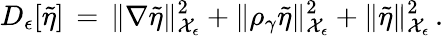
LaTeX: D_{\epsilon}[\tilde{\eta}]\, =\, \| \nabla\tilde{\eta}\| _{\mathcal{X}_{\epsilon}}^{2}+\| \rho_{\gamma}\tilde{\eta}\| _{\mathcal{X}_{\epsilon}}^{2}+\| \tilde{\eta}\| _{\mathcal{X}_{\epsilon}}^{2}\, .